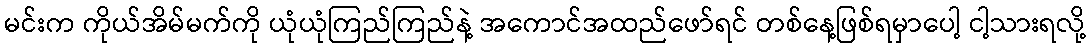
မင်းက ကိုယ်အိမ်မက်ကို ယုံယုံကြည်ကြည်နဲ့ အကောင်အထည်ဖော်ရင် တစ်နေ့ဖြစ်ရမှာပေါ့ ငါ့သားရလို့